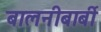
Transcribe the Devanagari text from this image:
बालनीबार्बी